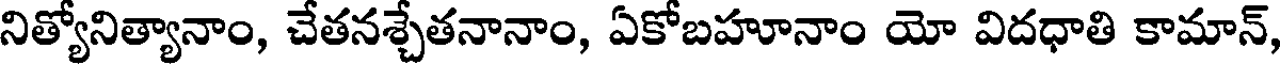
నిత్యోనిత్యానాం, చేతనశ్చేతనానాం, ఏకోబహూనాం యో విదధాతి కామాన్,